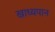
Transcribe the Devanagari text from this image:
खाध्यपान